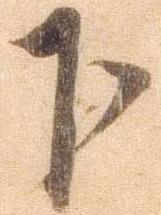
下